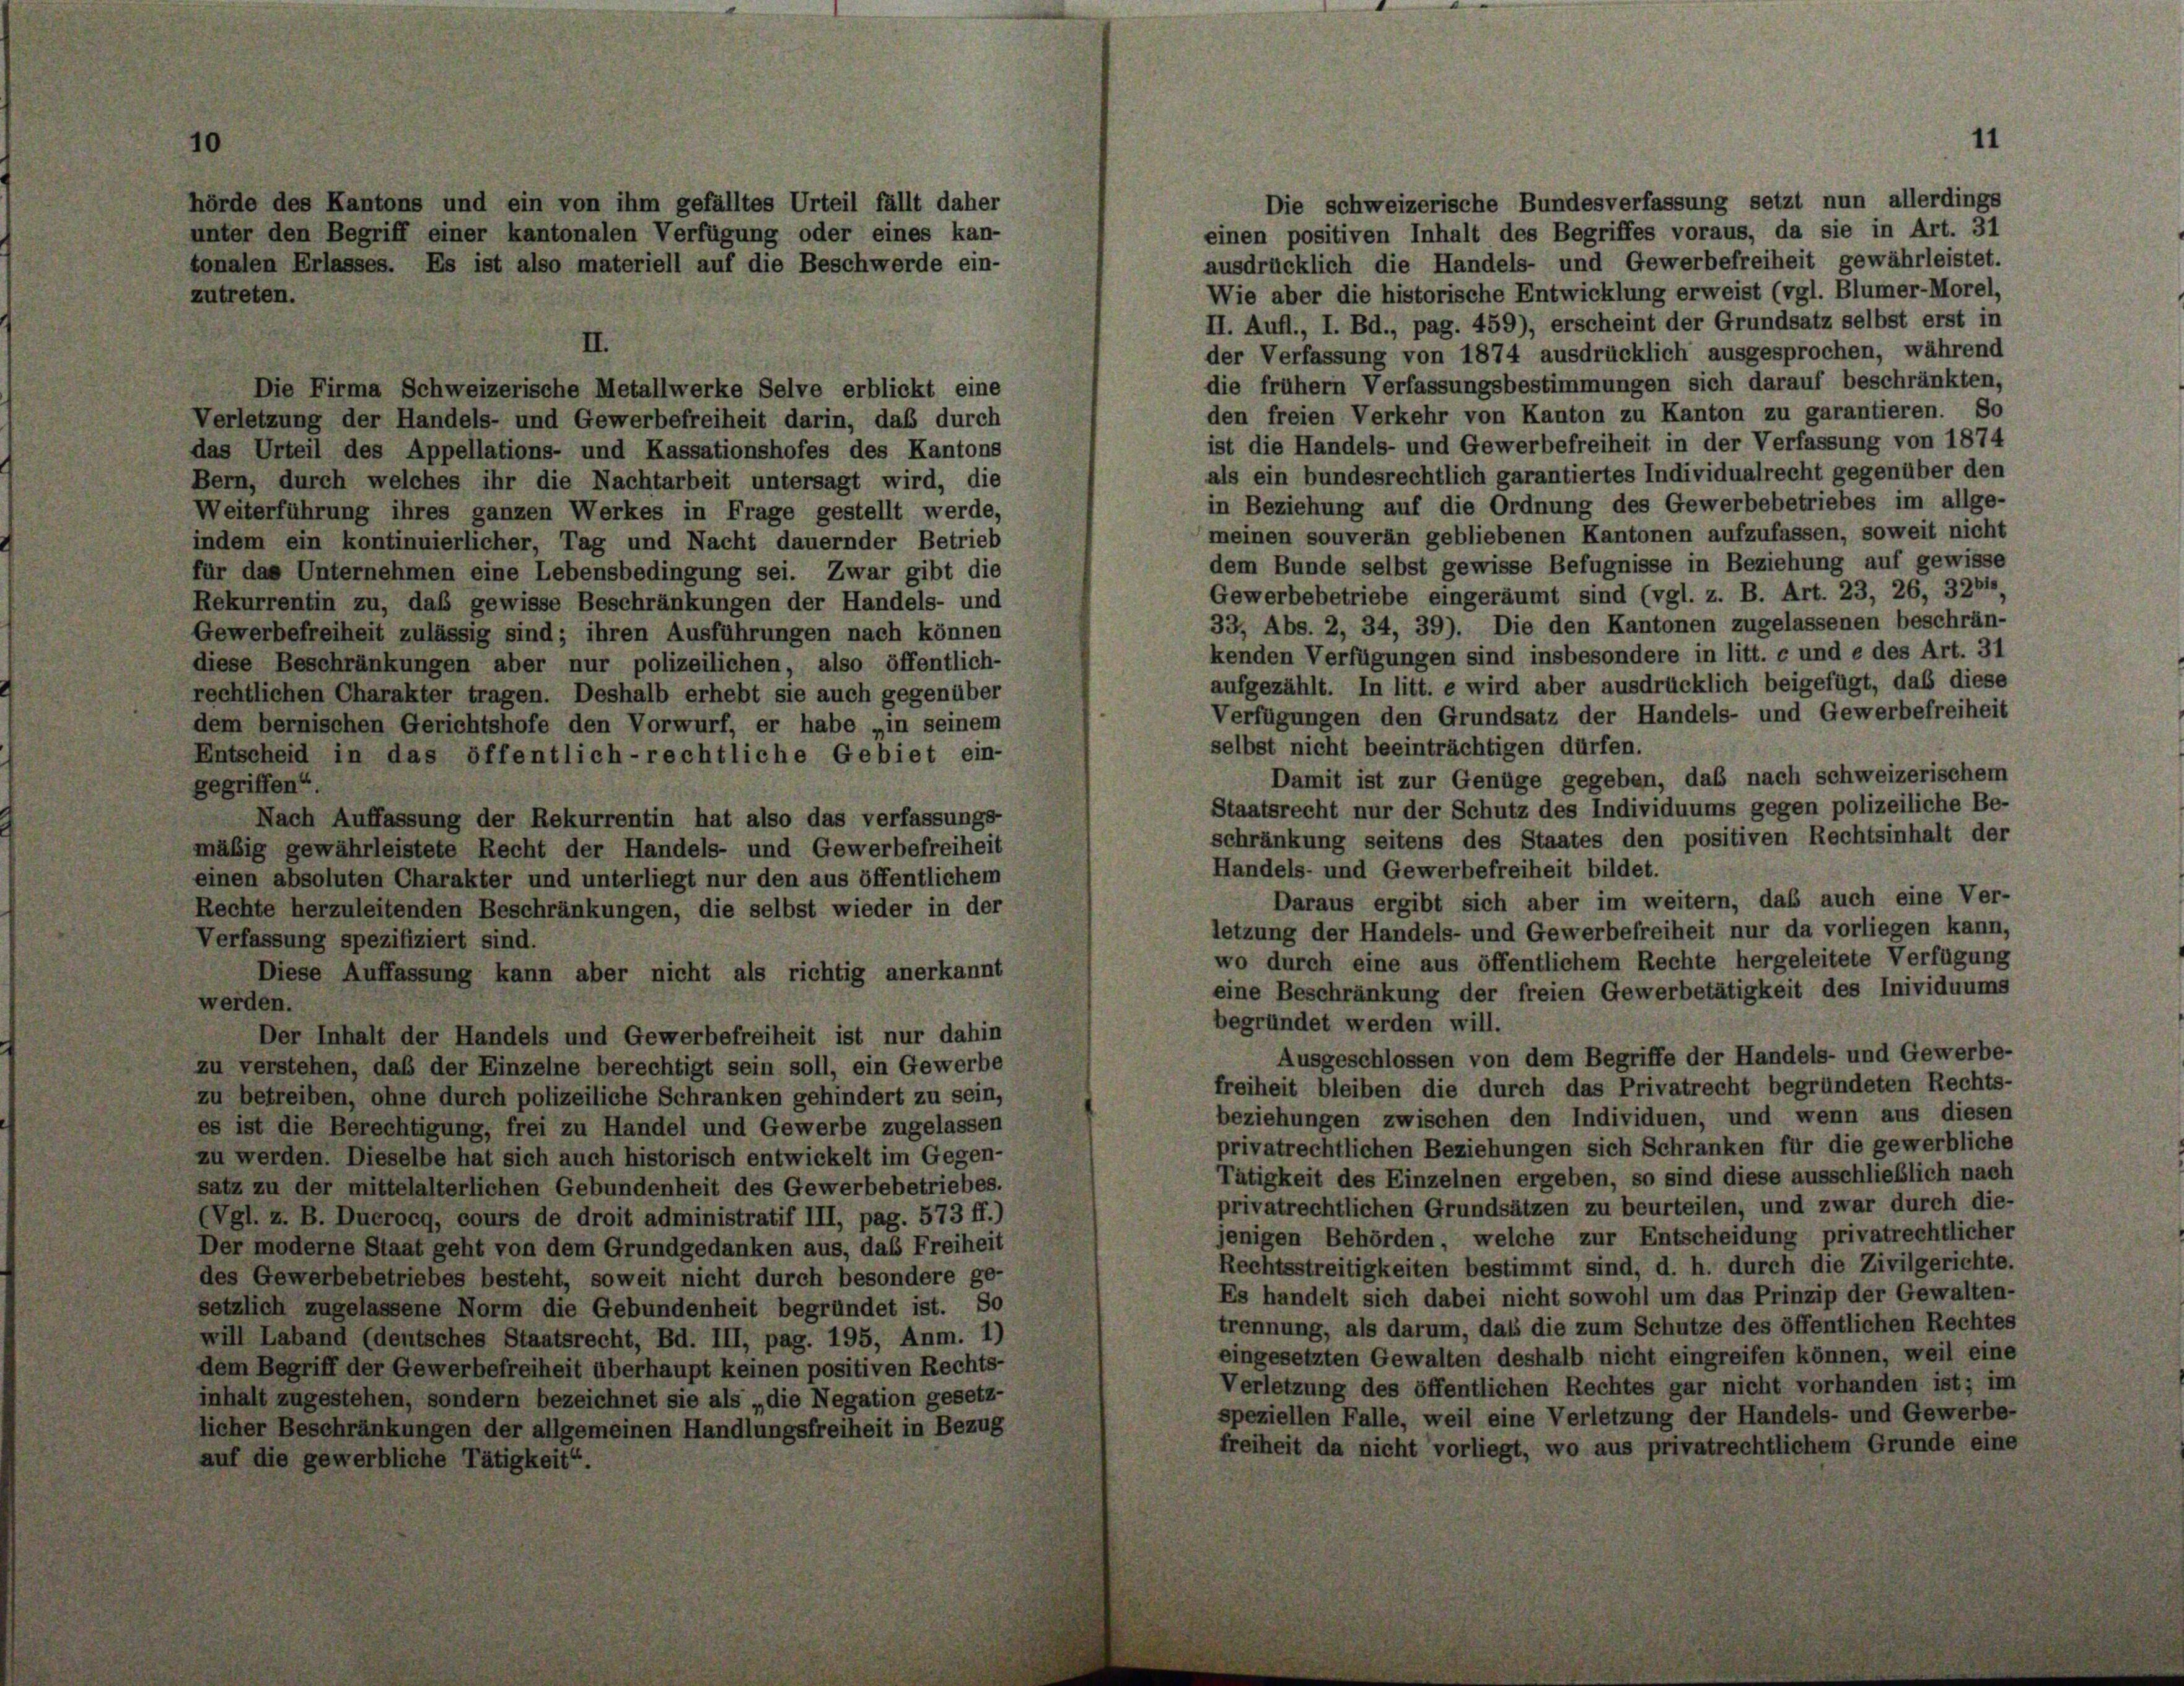
Die schweizerische Bundesverfassung setzt nun allerdings
hörde des Kantons und ein von ihm gefälltes Urteil fällt daher
einen positiven Inhalt des Begriffes voraus, da sie in Art. 31
unter den Begriff einer kantonalen Verfügung oder eines kan-
ausdrücklich die Handels- und Gewerbefreiheit gewährleistet.
tonalen Erlasses. Es ist also materiell auf die Beschwerde ein-
Wie aber die historische Entwicklung erweist (vgl. Blümer-Morel,
zutreten.
II. Aufl., I. Bd., pag. 459), erscheint der Grundsatz selbst erst in
der Verfassung von 1874 ausdrücklich ausgesprochen, während
die frühem Verfassungsbestimmungen sich darauf beschränkten,
Die Firma Schweizerische Metallwerke Selve erblickt eine
den freien Verkehr von Kanton zu Kanton zu garantieren. So
Verletzung der Handels- und Gewerbefreiheit darin, daß durch
ist die Handels- und Gewerbefreiheit in der Verfassung von 1874
das Urteil des Appellations- und Kassationshofes des Kantons
als ein bundesrechtlich garantiertes Individualrecht gegenüber den
Bern, durch welches ihr die Nachtarbeit untersagt wird, die
in Beziehung auf die Ordnung des Gewerbebetriebes im allge-
Weiterführung ihres ganzen Werkes in Frage gestellt werde,
meinen souveran gebliebenen Kantonen aufzufassen, soweit nicht
indem ein kontinuierlicher, Tag und Nacht dauernder Betrieb
dem Bunde selbst gewisse Befugnisse in Beziehung auf gewisse
für das Unternehmen eine Lebensbedingung sei. Zwar gibt die
Gewerbebetriebe eingeräumt sind (vgl. z. B. Art. 23, 26, 3261,
Rekurrentin zu, das gewisse Beschränkungen der Handels- und
33, Abs. 2, 34, 39). Die den Kantonen zugelassenen beschrän-
Gewerbefreiheit zulässig sind; ihren Ausführungen nach können
kenden Verfügungen sind insbesondere in litt. c und e des Art. 31
diese Beschränkungen aber nur polizeilichen, also öffentlich-
aufgezählt. In litt. e wird aber ausdrücklich beigefügt, daß diese
rechtlichen Charakter tragen. Deshalb erhebt sie auch gegenüber
Verfügungen den Grundsatz der Handels- und Gewerbefreiheit
dem bernischen Gerichtshofe den Vorwurf, er habe „in seinem
selbst nicht beeinträchtigen dürfen.
Entscheid in das öffentlich-rechtliche Gebiet ein-
Damit ist zur Genüge gegeben, daß nach schweizerischem
gegriffen“.
Staatsrecht nur der Schutz des Individuums gegen polizeiliche Be-
Nach Auffassung der Rekurrentin hat also das verfassungs-
schränkung seitens des Staates den positiven Rechtsinhalt der
mäßig gewährleistete Recht der Handels- und Gewerbefreiheit
Handels- und Gewerbefreiheit bildet.
einen absoluten Charakter und unterliegt nur den aus öffentlichem
Daraus ergibt sich aber im weitern, daß auch eine Ver-
Rechte herzuleitenden Beschränkungen, die selbst wieder in der
letzung der Handels- und Gewerbefreiheit nur da vorliegen kann,
Verfassung spezifiziert sind.
wo durch eine aus öffentlichem Rechte hergeleitete Verfügung
Diese Auffassung kann aber nicht als richtig anerkannt
eine Beschränkung der freien Gewerbetätigkeit des Inividuums
werden.
begründet werden will.
Der Inhalt der Handels und Gewerbefreiheit ist nur dahin
Ausgeschlossen von dem Begriffe der Handels- und Gewerbe-
zu verstehen, daß der Einzelne berechtigt sein soll, ein Gewerbe
freiheit bleiben die durch das Privatrecht begründeten Rechts-
zu betreiben, ohne durch polizeiliche Schranken gehindert zu sein,
beziehungen zwischen den Individuen, und wenn aus diesen
es ist die Berechtigung, frei zu Handel und Gewerbe zugelassen
privatrechtlichen Beziehungen sich Schranken für die gewerbliche
zu werden. Dieselbe hat sich auch historisch entwickelt im Gegen-
Tätigkeit des Einzelnen ergeben, so sind diese ausschließlich nach
satz zu der mittelalterlichen Gebundenheit des Gewerbebetriebes.
privatrechtlichen Grundsätzen zu beurteilen, und zwar durch die-
(Vgl. z. B. Ducrocq, cours de droit administratif III, pag. 573 ff.)
jenigen Behörden, welche zur Entscheidung privatrechtlicher
Der moderne Staat geht von dem Grundgedanken aus, das Freiheit
Rechtsstreitigkeiten bestimmt sind, d. h. durch die Zivilgerichte.
des Gewerbebetriebes besteht, soweit nicht durch besondere ge-
Es handelt sich dabei nicht sowohl um das Prinzip der Gewalten-
setzlich zugelassene Norm die Gebundenheit begründet ist. So
trennung, als darum, das die zum Schutze des öffentlichen Rechtes
will Laband (deutsches Staatsrecht, Bd. III, pag. 195, Anm. 1)
eingesetzten Gewalten deshalb nicht eingreifen können, weil eine
dem Begriff der Gewerbefreiheit überhaupt keinen positiven Rechts-
Verletzung des öffentlichen Rechtes gar nicht vorhanden ist; im
inhalt zugestehen, sondern bezeichnet sie als „die Negation gesetz-
speziellen Falle, weil eine Verletzung der Handels- und Gewerbe-
licher Beschränkungen der allgemeinen Handlungsfreiheit in Bezug
freiheit da nicht vorliegt, wo aus privatrechtlichem Grunde eine
auf die gewerbliche Tätigkeit“

11